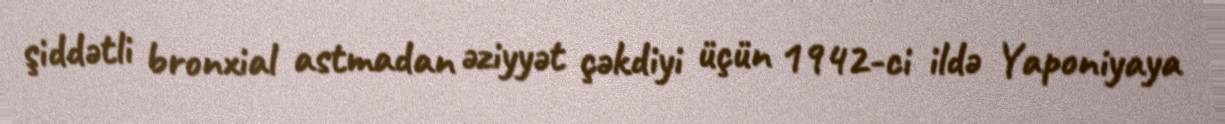
şiddətli bronxial astmadan əziyyət çəkdiyi üçün 1942-ci ildə Yaponiyaya